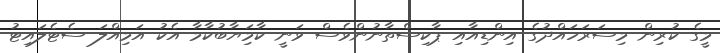
މީގެ ކުރިން މިސަރަހައްދުގެ އިންޑިއާއި ޕާކިސްތާނުންވެސް ވަނީ ކާމަިޔާބުކާމާ އެކު އަމިއްލަ ސެޓެލައިޓު